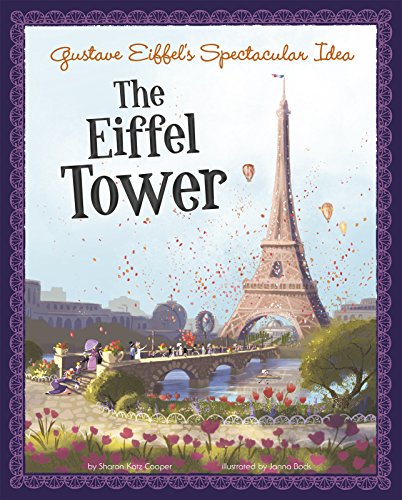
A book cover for Gustave Eiffel's Spectacular Idea: The Eiffel Tower (The Story Behind the Name); Sharon Katz Cooper; Children's Books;